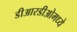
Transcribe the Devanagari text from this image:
डीआरडीओमध्ये